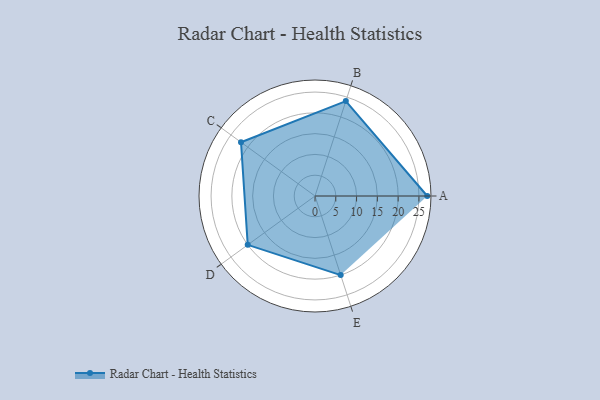
{"axis": {"x": "Skill", "y": "Score"}, "legend": ["Profile"], "data": [{"x": "A", "y": 27.0, "type": "Profile"}, {"x": "B", "y": 24.0, "type": "Profile"}, {"x": "C", "y": 22.0, "type": "Profile"}, {"x": "D", "y": 20, "type": "Profile"}, {"x": "E", "y": 20, "type": "Profile"}]}